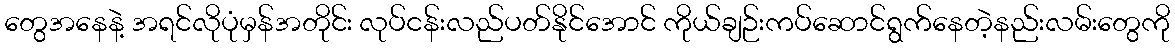
တွေအနေနဲ့ အရင်လိုပုံမှန်အတိုင်း လုပ်ငန်းလည်ပတ်နိုင်အောင် ကိုယ်ချဉ်းကပ်ဆောင်ရွက်နေတဲ့နည်းလမ်းတွေကို